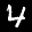
Label: 4